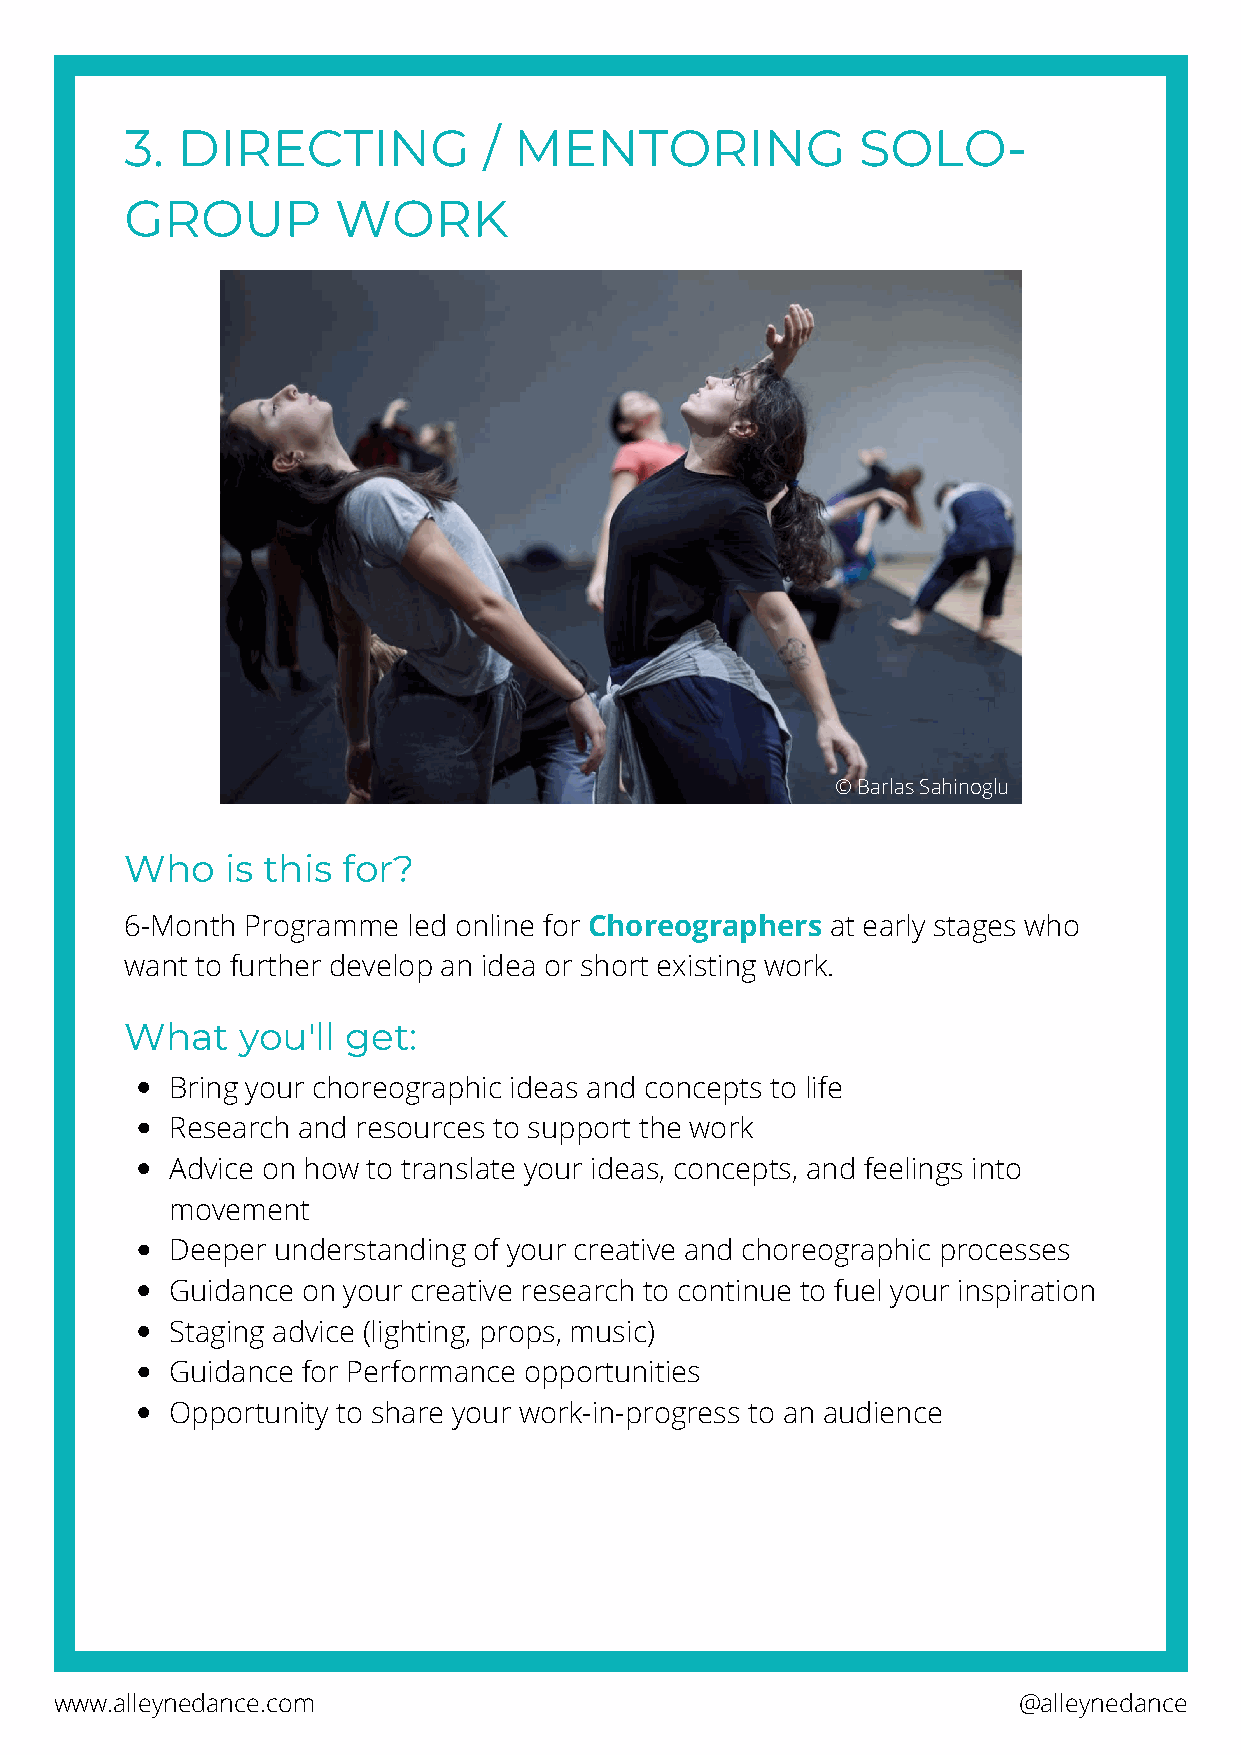
3.  DIRECTING           / MENTORING              SOLO-
 GROUP         WORK
 © Barlas Sahinoglu
 Who    is this for?
 6-Month Programme  led online for Choreographers at early stages who
 want to further develop an idea or short existing work.
 What    you'll get:
 Bring your choreographic ideas and concepts to life
 Research and resources to support the work
 Advice on how to translate your ideas, concepts, and feelings into
 movement
 Deeper understanding of your creative and choreographic processes
 Guidance on your creative research to continue to fuel your inspiration
 Staging advice (lighting, props, music)
 Guidance for Performance opportunities
 Opportunity to share your work-in-progress to an audience
 www.alleynedance.com                                           @alleynedance